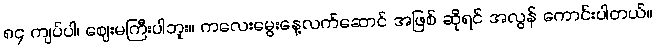
၈၄ ကျပ်ပါ၊ ဈေးမကြီးပါဘူး။ ကလေးမွေးနေ့လက်ဆောင် အဖြစ် ဆိုရင် အလွန် ကောင်းပါတယ်။